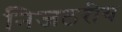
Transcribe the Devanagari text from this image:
निजठरीय